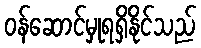
ဝန်ဆောင်မှုရရှိနိုင်သည်